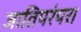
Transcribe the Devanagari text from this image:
जातिपरंपरा